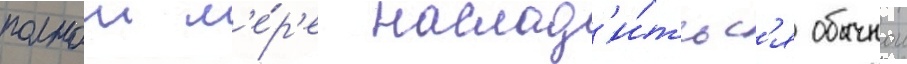
полнои м'е́р'е наслад'и́тьс'я обычнои